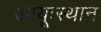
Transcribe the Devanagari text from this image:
आयूःस्थान